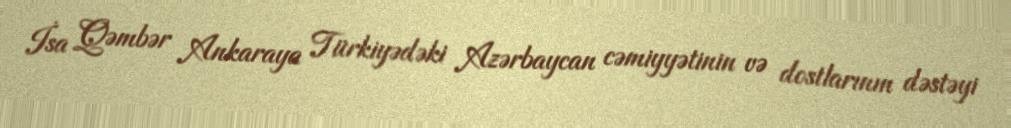
İsa Qəmbər Ankaraya Türkiyədəki Azərbaycan cəmiyyətinin və dostlarının dəstəyi